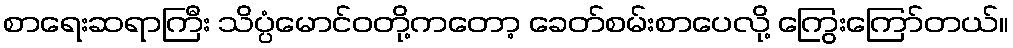
စာရေးဆရာကြီး သိပ္ပံမောင်ဝတို့ကတော့ ခေတ်စမ်းစာပေလို့ ကြွေးကြော်တယ်။